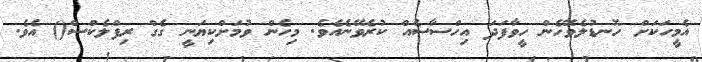
އެމީހަކަށް ހޮނޑުލެވޭހެން ހީވާފަދަ އިހްސާސެއް ކުރެވޭނެއެވެ. މިހެން ވުމަށްކިޔަނީ ގެގް ރިފްލެކްސް() އެވެ.